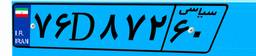
۷۶D۸۷۲۶۰